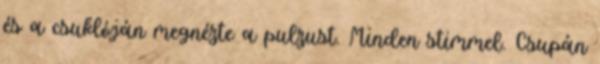
és a csuklóján megnézte a pulzust. Minden stimmel. Csupán